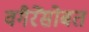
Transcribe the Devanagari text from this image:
वगैरेंसोबत